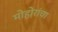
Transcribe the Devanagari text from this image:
मोहोरांचा